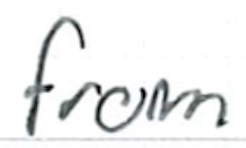
Text: from
Cross-out: clean
Writing tool: ballpoint